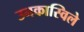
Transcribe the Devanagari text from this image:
उनकास्विले